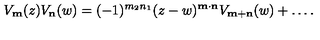
V _ { \bf m } ( z ) V _ { \bf n } ( w ) = ( - 1 ) ^ { m _ { 2 } n _ { 1 } } ( z - w ) ^ { \bf m \cdot n } V _ { \bf m + n } ( w ) + \ldots .